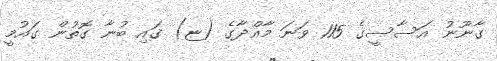
ގާނޫނު އަސާސީގެ 115 ވަނަ މާއްދާގެ (ޏ) ގައި ބުނާ ގޮތުން ގައުމީ